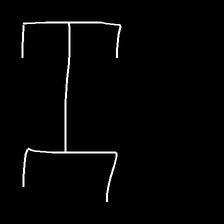
Glyph: entwine